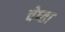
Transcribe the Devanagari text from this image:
चेष्ता